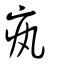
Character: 𤴯